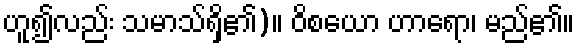
ဟူ၍လည်း သမာသ်ရှိ၏)။ ဝိစယော ဟာရော၊ မည်၏။